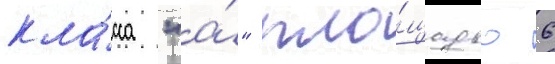
кла́сса "а́" пло́щадью 6